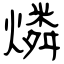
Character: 燐